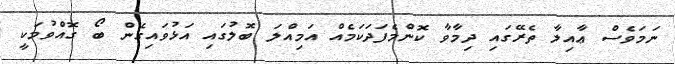
ނަމަވެސް ޢާއިލާ ތެރޭގައި ދިމާވާ ކޮންމެފަދަކަމެއް އަމިއްލަ ބޮލުގައި އަޅުވައިގެން ބޯ ގޮއްވުމަކީ